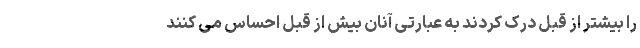
را بیشتر از قبل درک کردند به عبارتی آنان بیش از قبل احساس می کنند